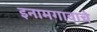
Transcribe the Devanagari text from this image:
इनामगावाचे